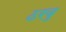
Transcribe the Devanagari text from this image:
ठरवु